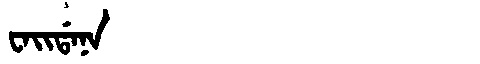
Manchu: ᠸᠠᡳᡩᠠᠨᠠ
Romanization: WAIDANA